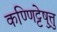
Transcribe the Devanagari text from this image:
कण्णिट्टेषु़त्तु